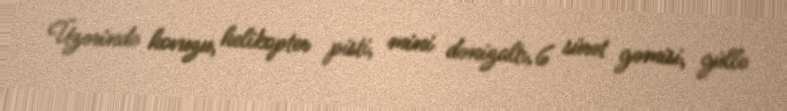
Üzərində hovuzu, helikopter pisti, mini dənizaltı, 6 sürət gəmisi, güllə